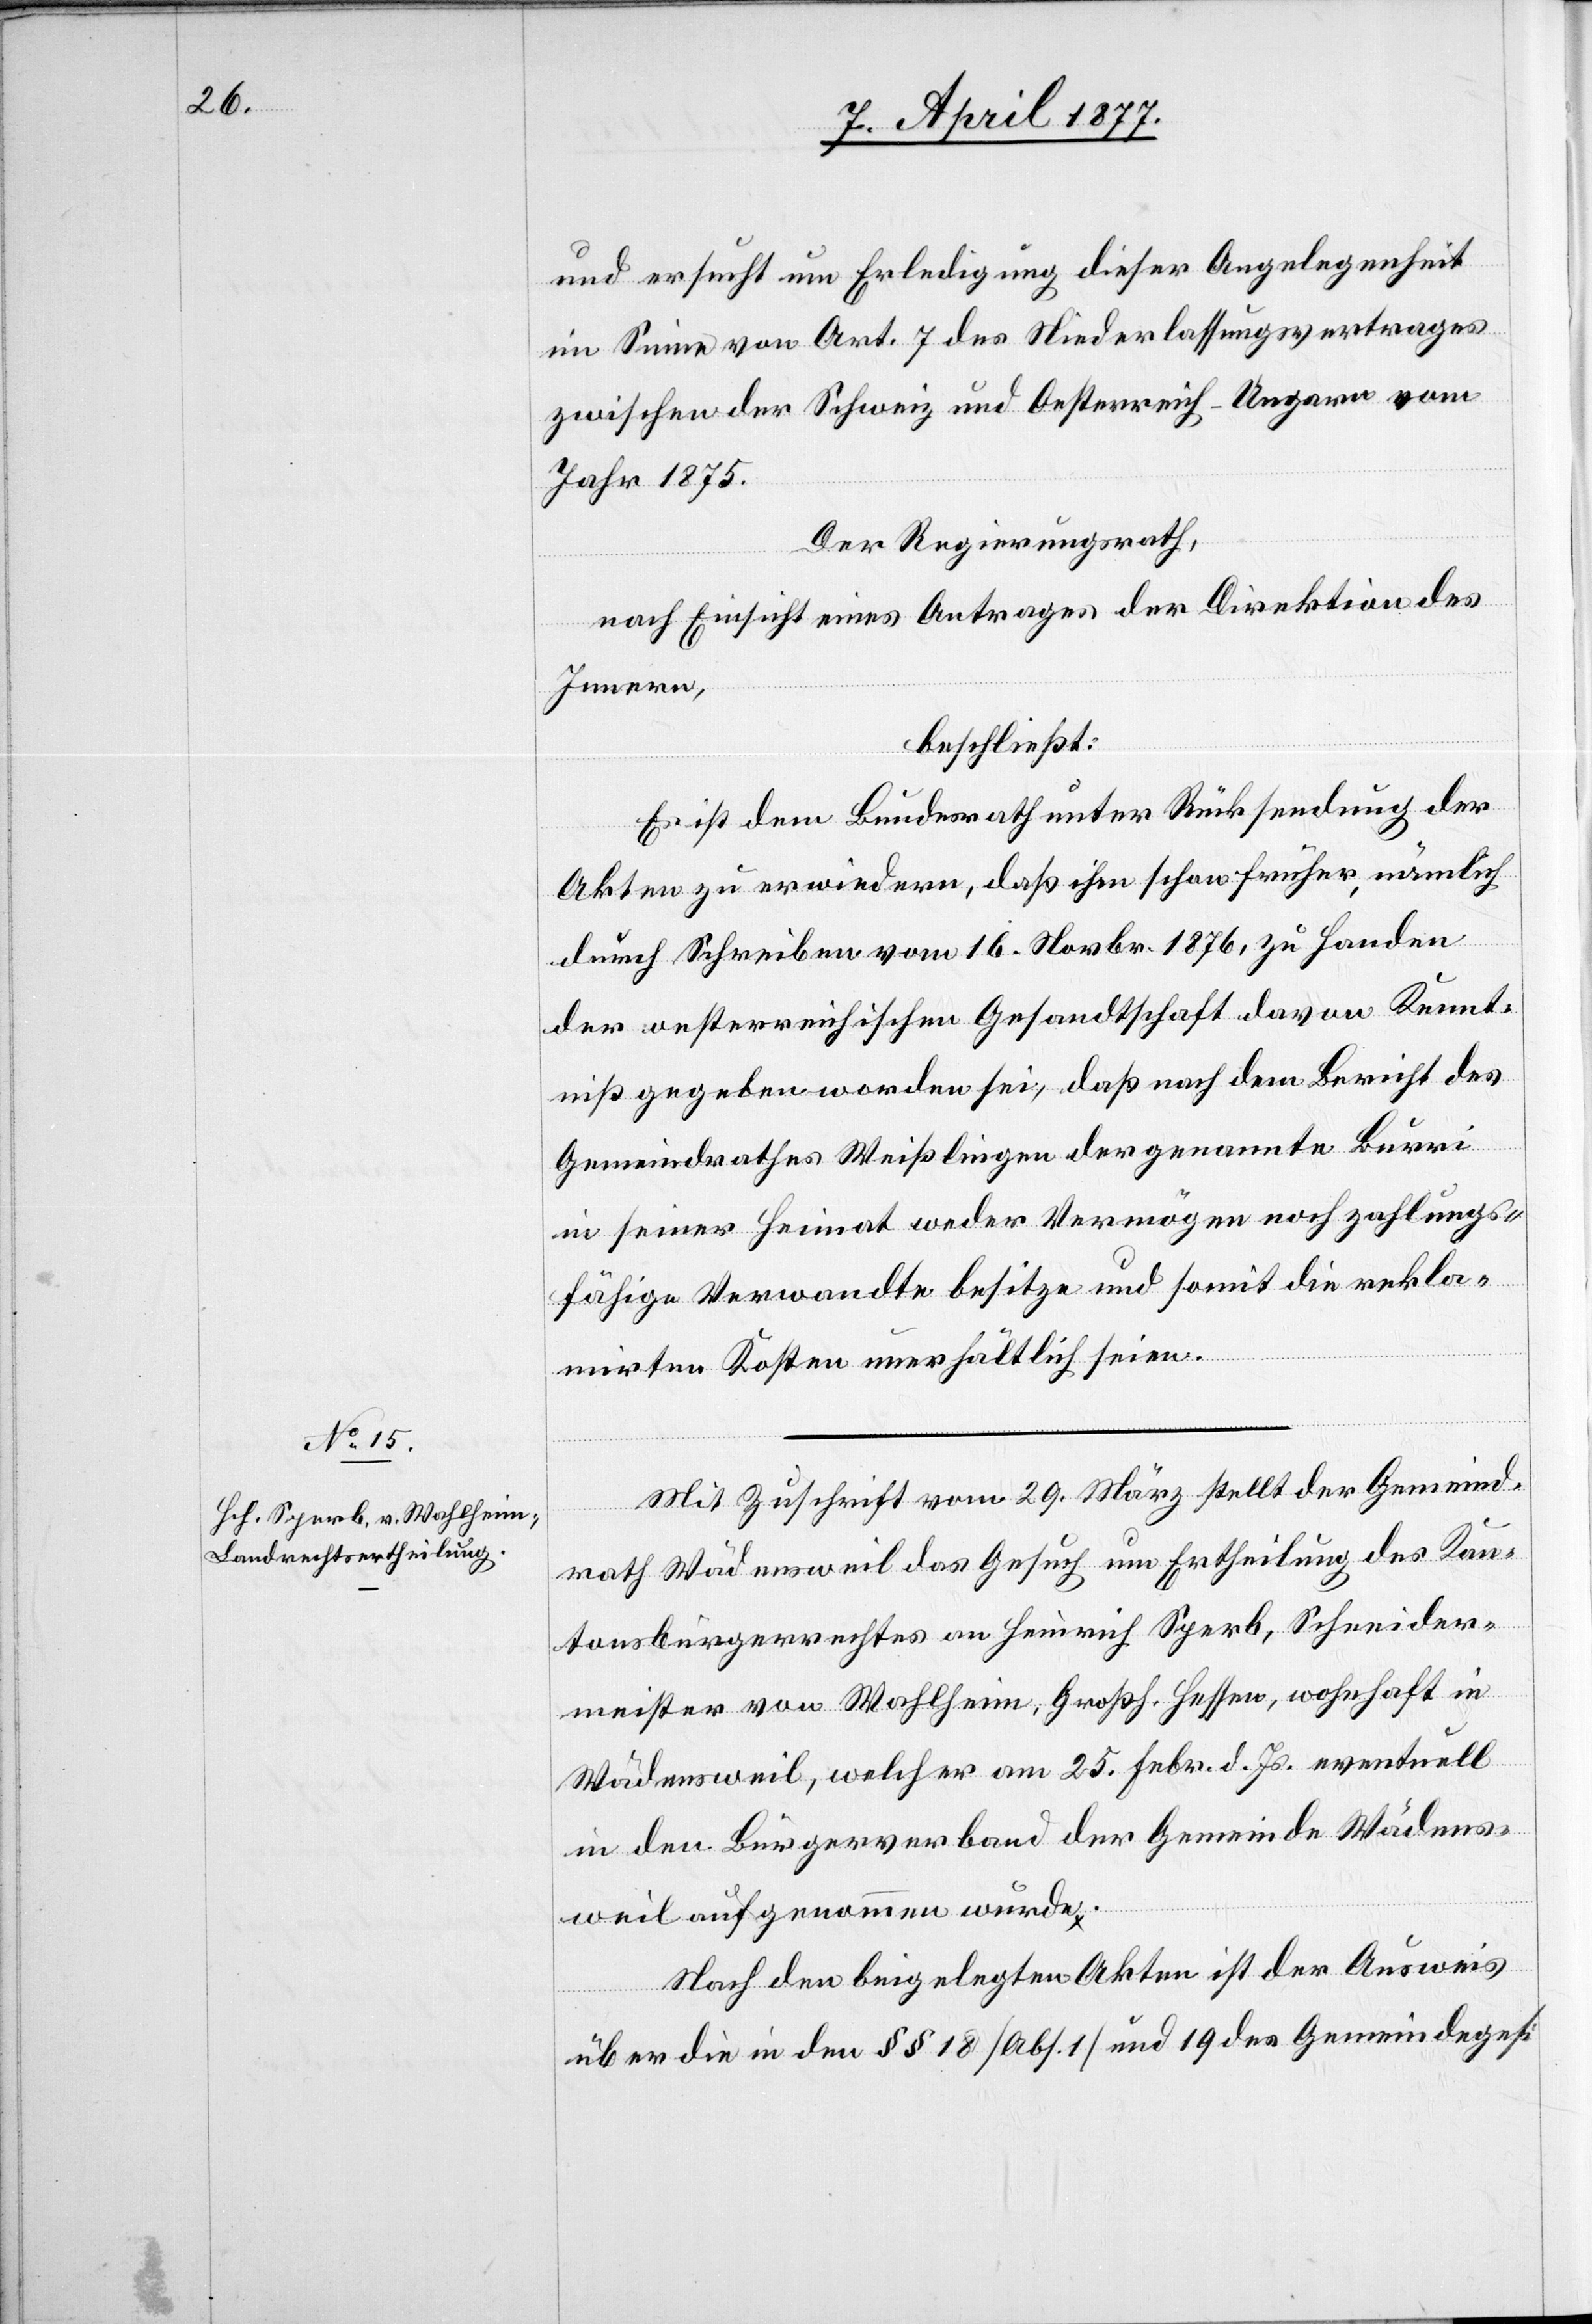
und ersucht um Erledigung dieser Angelegenheit
im Sinne von Art. 7 des Niederlassungsvertrages
zwischen der Schweiz und Oesterreich-Ungarn vom
Jahr 1875.
Der Regierungsrath,
nach Einsicht eines Antrages der Direktion des
Innern,
beschließt:
Es ist dem Bundesrath unter Rücksendung der
Akten zu erwiedern, daß ihm schon früher, nämlich
durch Schreiben vom 16. Novbr. 1876, zu Handen
der oesterreichischen Gesandtschaft davon Kennt¬
niß gegeben worden sei, daß nach dem Bericht des
Gemeindrathes Weißlingen der genannte Burri
in seiner Heimat weder Vermögen noch zahlungs¬
fähige Verwandte besitze und somit die rekla¬
mirten Kosten unerhältlich seien.